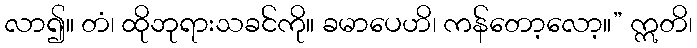
လာ၍။ တံ၊ ထိုဘုရားသခင်ကို။ ခမာပေဟိ၊ ကန်တော့လော့။” ဣတိ၊